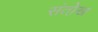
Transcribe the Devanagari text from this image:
संतो़ख